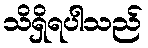
သိရှိရပါသည်